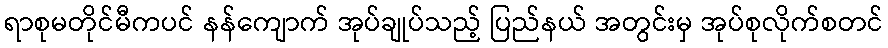
ရာစုမတိုင်မီကပင် နန်ကျောက် အုပ်ချုပ်သည့် ပြည်နယ် အတွင်းမှ အုပ်စုလိုက်စတင်